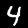
Digit: 4